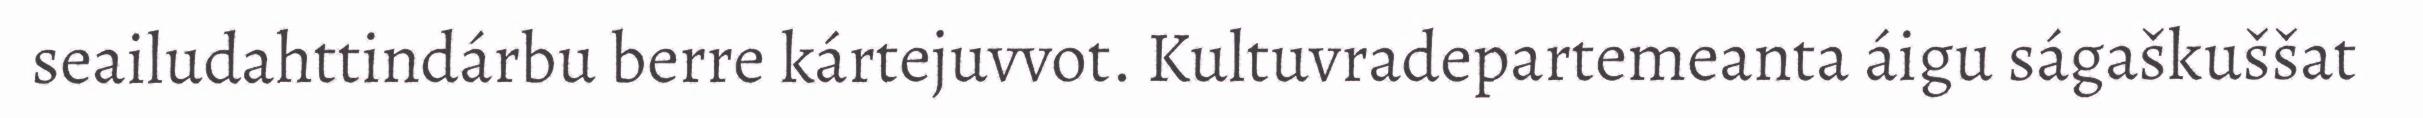
seailudahttindárbu berre kártejuvvot. Kultuvradepartemeanta áigu ságaškuššat